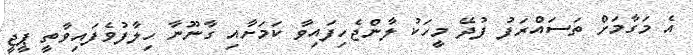
އެ މަގާމަށް ތަސައްރަފު ފުދޭ މީހަކު ލާންޖެހިފައިވާ ކަމަށާއި ގާނޫނާ ހިލާފުވެފައިވާތީ ޕީޖީ